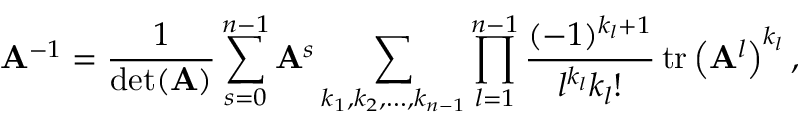
\mathbf { A } ^ { - 1 } = { \frac { 1 } { \operatorname* { d e t } ( \mathbf { A } ) } } \sum _ { s = 0 } ^ { n - 1 } \mathbf { A } ^ { s } \sum _ { k _ { 1 } , k _ { 2 } , \ldots , k _ { n - 1 } } \prod _ { l = 1 } ^ { n - 1 } { \frac { ( - 1 ) ^ { k _ { l } + 1 } } { l ^ { k _ { l } } k _ { l } ! } } \operatorname { t r } \left( \mathbf { A } ^ { l } \right) ^ { k _ { l } } ,